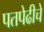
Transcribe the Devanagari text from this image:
पतपेढीचे